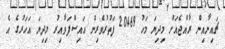
ޗައިނާއިން ރާއްޖެއަށް މިދިޔަ މަހު 20469 ފަތުރުވެރިން އައިސްފަވާއިރު މިދިޔަ އަހަރުގެ އެ